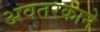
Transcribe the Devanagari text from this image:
अवतरकाने